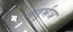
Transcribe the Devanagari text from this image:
मतुर्भञ